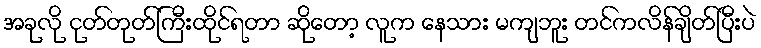
အခုလို ငုတ်တုတ်ကြီးထိုင်ရတာ ဆိုတော့ လူက နေသား မကျဘူး တင်ကလိန်ချိတ်ပြီးပဲ